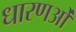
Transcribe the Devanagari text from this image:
धारणओं